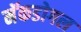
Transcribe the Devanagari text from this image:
मॅकडोगल